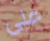
على